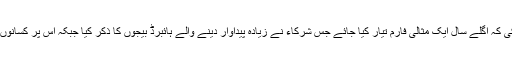
انہوں نے تجویز پیش کی کہ اگلے سال ایک مثالی فارم تیار کیا جائے جس شرکاء نے زیادہ پیداوار دینے والے ہائبرڈ بیجوں کا ذکر کیا جبکہ اس پر کسانوں کو کچھ تحفظات تھے۔